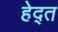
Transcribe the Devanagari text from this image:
हेद्त